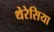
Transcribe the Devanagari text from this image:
थेरेसिया